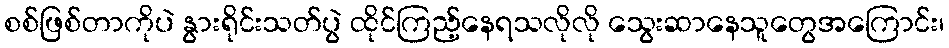
စစ်ဖြစ်တာကိုပဲ နွားရိုင်းသတ်ပွဲ ထိုင်ကြည့်နေရသလိုလို သွေးဆာနေသူတွေအကြောင်း၊